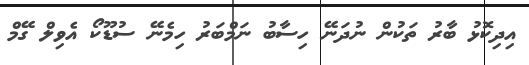
އިދިކޮޅު ބާރު ތަކުން ނުދަނޭ ހިސާބު ނަމްބަރު ހިމެނޭ ސުޑޫކޯ އެވިލް ގޭމް